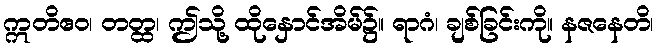
ဣတိဧဝ၊ တတ္ထ၊ ဤသို့ ထိုနှောင်အိမ်၌။ ရာဂံ၊ ချစ်ခြင်းကို။ နဇနေတိ၊